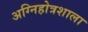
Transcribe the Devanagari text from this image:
अग्निहोत्रशाला